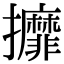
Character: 攠